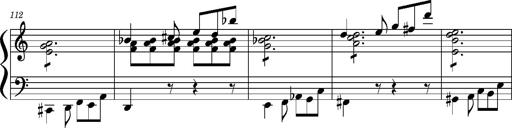
Title: Concerto sans orchestre, S.524a
Composer: Franz Liszt
Key: A major